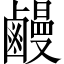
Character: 𪉽